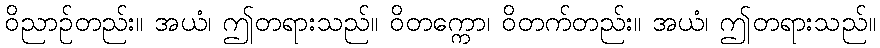
ဝိညာဉ်တည်း။ အယံ၊ ဤတရားသည်။ ဝိတက္ကော၊ ဝိတက်တည်း။ အယံ၊ ဤတရားသည်။